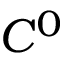
C ^ { 0 }